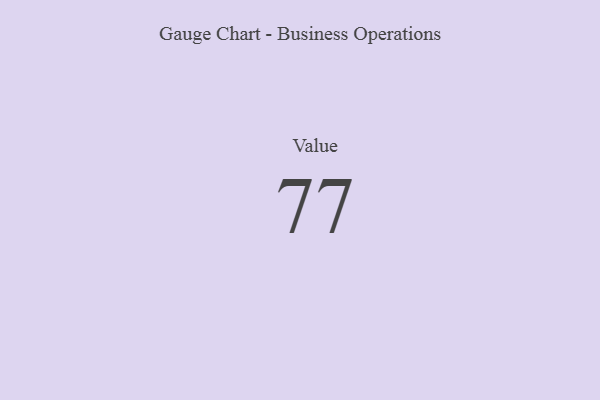
{"axis": {"x": "Metric", "y": "Value"}, "legend": [""], "data": [{"x": "Value", "y": 77, "type": ""}]}